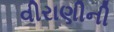
વીરાણીની